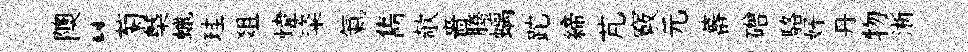
隩“菊㮣蠟珪爼煒粢氣雋欹嗇腾螭跎締芃竅元蕃磳駱好丹物淅